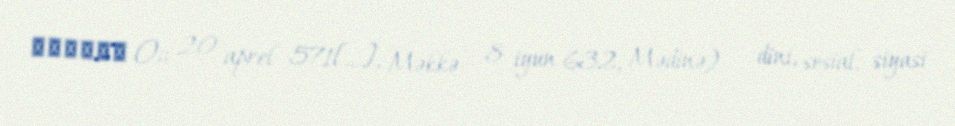
مُحمّد ();; 20 aprel 571[…], Məkkə – 8 iyun 632, Mədinə) — dini, sosial, siyasi